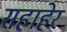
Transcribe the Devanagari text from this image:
सहाहेर